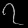
Digit: ၇